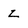
Character: z